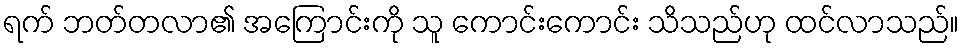
ရက် ဘတ်တလာ၏ အကြောင်းကို သူ ကောင်းကောင်း သိသည်ဟု ထင်လာသည်။